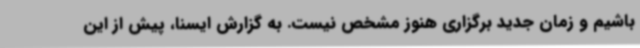
باشیم و زمان جدید برگزاری هنوز مشخص نیست. به گزارش ایسنا، پیش از این